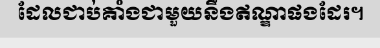
ដែលជាប់គាំងជាមួយនឹងឥណ្ឌាផងដែរ។